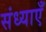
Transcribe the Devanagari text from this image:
संध्याएँ